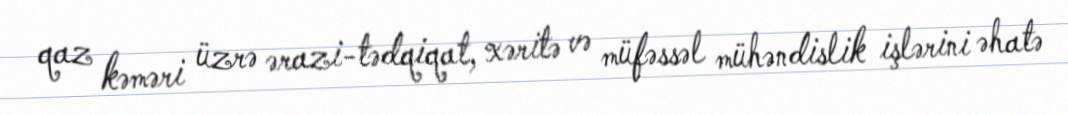
qaz kəməri üzrə ərazi-tədqiqat, xəritə və müfəssəl mühəndislik işlərini əhatə